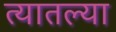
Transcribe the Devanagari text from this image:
त्‍यातल्‍या